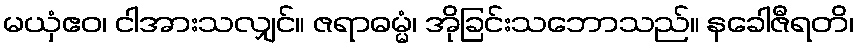
မယှံဧဝ၊ ငါအားသလျှင်။ ဇရာဓမ္မံ၊ အိုခြင်းသဘောသည်။ နခေါဇီရတိ၊